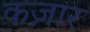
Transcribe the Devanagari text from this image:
कज़ार